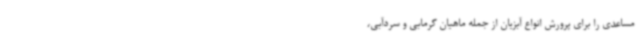
مساعدی را برای پرورش انواع آبزیان از جمله ماهیان گرمابی و سردآبی،